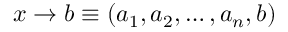
x \rightarrow b \equiv ( a _ { 1 } , a _ { 2 } , \ldots , a _ { n } , b )